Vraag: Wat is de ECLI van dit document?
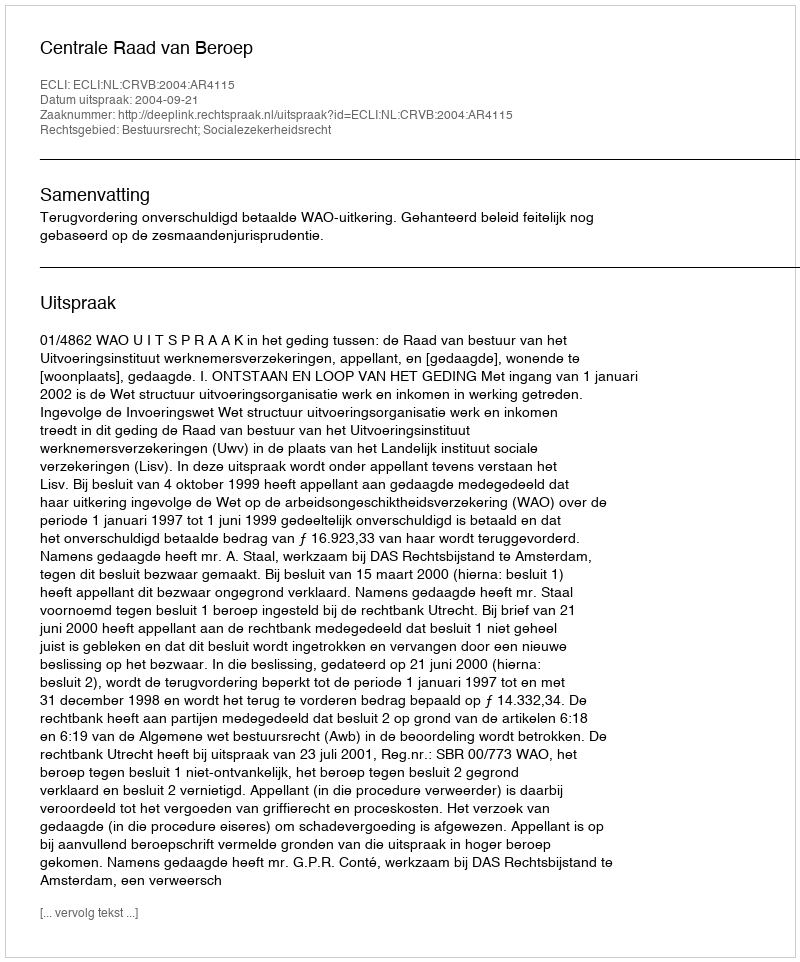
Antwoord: ECLI:NL:CRVB:2004:AR4115